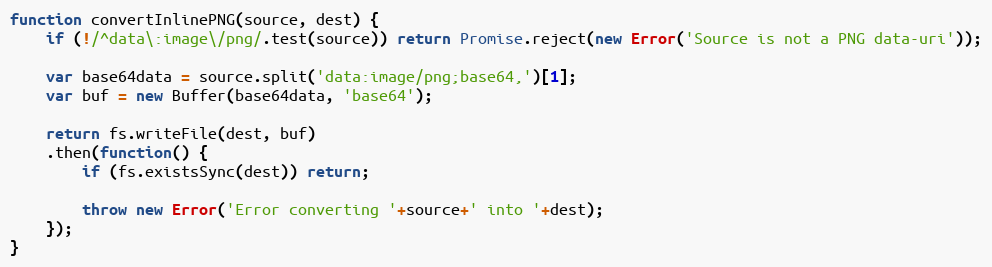
Language: JavaScript
function convertInlinePNG(source, dest) {
    if (!/^data\:image\/png/.test(source)) return Promise.reject(new Error('Source is not a PNG data-uri'));

    var base64data = source.split('data:image/png;base64,')[1];
    var buf = new Buffer(base64data, 'base64');

    return fs.writeFile(dest, buf)
    .then(function() {
        if (fs.existsSync(dest)) return;

        throw new Error('Error converting '+source+' into '+dest);
    });
}